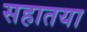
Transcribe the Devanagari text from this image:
सहातया